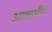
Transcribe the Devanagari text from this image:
आश्रमीय